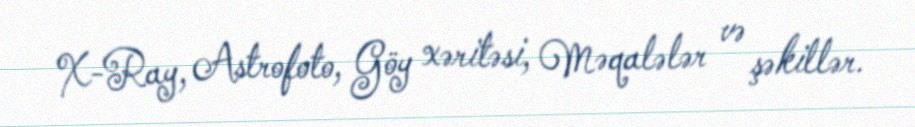
X-Ray, Astrofoto, Göy xəritəsi, Məqalələr və şəkillər.